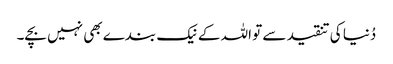
دُنیا کی تنقید سے تو اللہ کے نیک بندے بھی نہیں بچے۔